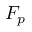
F _ { p }